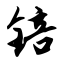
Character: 锫